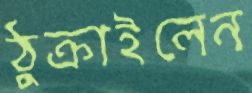
ঠুক্‌রাইলেন